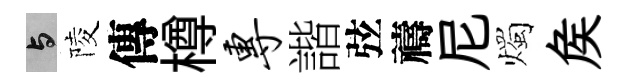
与陵傳樽专諧弦禱尼燭矦